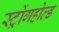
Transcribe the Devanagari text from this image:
स्ट्रोंगहोल्ड